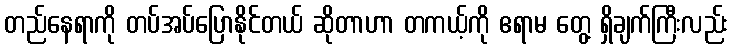
တည်နေရာကို တပ်အပ်ပြောနိုင်တယ် ဆိုတာဟာ တကယ့်ကို ဧရာမ တွေ့ ရှိချက်ကြီးလည်း